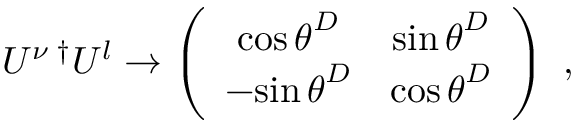
U ^ { \nu } \, ^ { \dagger } U ^ { l } \rightarrow \left( \begin{array} { c c } { { { \cos \theta } ^ { D } } } & { { { \sin \theta } ^ { D } } } \\ { { - { \sin \theta } ^ { D } } } & { { { \cos \theta } ^ { D } } } \end{array} \right) \ ,